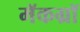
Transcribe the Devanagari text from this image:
मॅकग्रॉ